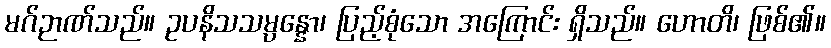
မဂ်ဉာဏ်သည်။ ဥပနိသသမ္ပန္နော၊ ပြည့်စုံသော အကြောင်း ရှိသည်။ ဟောတိ၊ ဖြစ်၏။